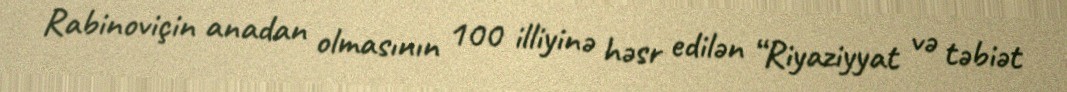
Rabinoviçin anadan olmasının 100 illiyinə həsr edilən “Riyaziyyat və təbiət